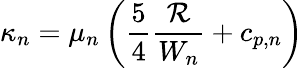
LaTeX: \kappa_{n}=\mu_{n}\left(\frac{5}{4}\frac{\mathcal{R}}{W_{n}}+c_{p,n}\right)